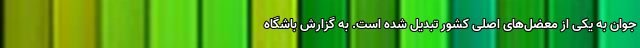
جوان به یکی از معضل‌های اصلی کشور تبدیل شده است. به گزارش باشگاه